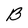
Character: B